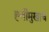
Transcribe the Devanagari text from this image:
ह्त्तीमुखाचे